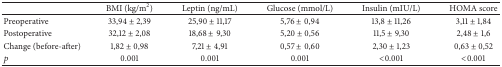
|  | BMI (kg/m2) | Leptin (ng/mL) | Glucose (mmol/L) | Insulin (mIU/L) | HOMA score |
 | --- | --- | --- | --- | --- | --- |
 | Preoperative | 33,94 ± 2,39 | 25,90 ± 11,17 | 5,76 ± 0,94 | 13,8 ± 11,26 | 3,11 ± 1,84 |
 | Postoperative | 32,12 ± 2,08 | 18,68 ± 9,30 | 5,20 ± 0,56 | 11,5 ± 9,30 | 2,48 ± 1,6 |
 | Change (before-after) | 1,82 ± 0,98 | 7,21 ± 4,91 | 0,57 ± 0,60 | 2,30 ± 1,23 | 0,63 ± 0,52 |
 | p | 0.001 | 0.001 | 0.001 | <0.001 | <0.001 |